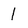
Character: 1